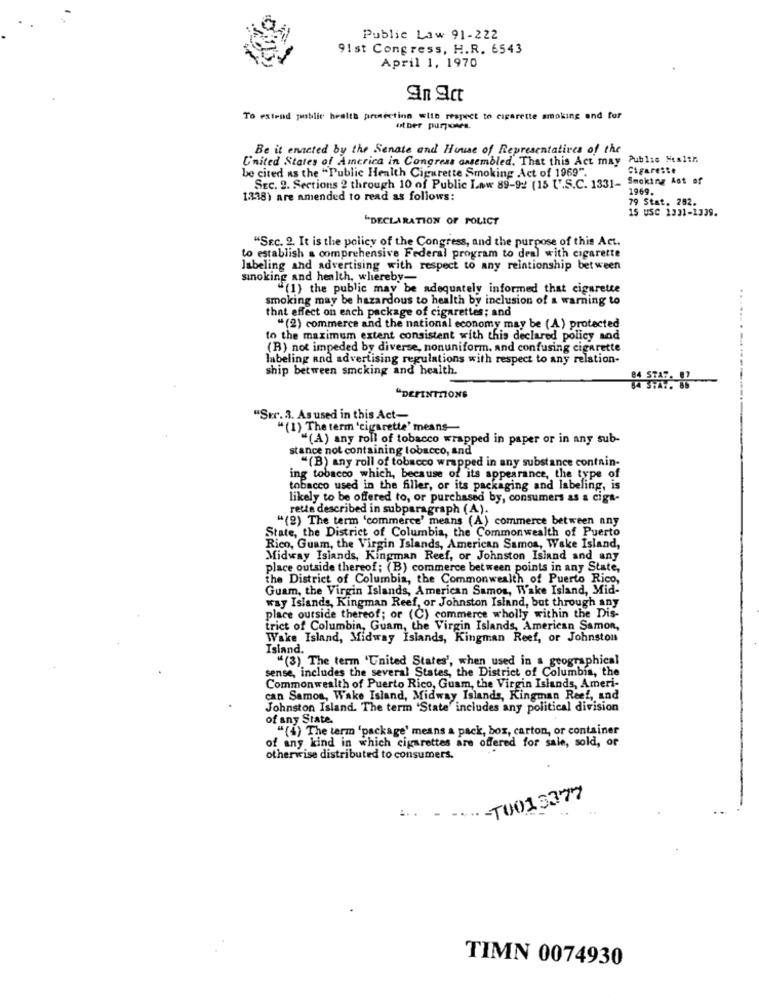
Public Law 91-222
91st Congress, H.R. 6543
April 1, 1970
To extend public health protection with respect to cigarette smoking and for
Ut ber purposes.
Be it enneted by the Senate and House of Representatives of the
C'nited States of America in Congress assembled. That this Act may
Publis Heslen
be cited as the "Public Health Cigarette Smoking Act of 1969".
Cigarette
Smoking Ast of
SEc. 2. Sections 2 through 10 of Public Law 89-92 (15 ['.S.C. 1331-
1969.
1338) are amended to read as follows:
79 Stat. 282.
15 USC 1331-1339.
"DECLARATION OF POLICY
"SEC. 2. It is the policy of the Congress, and the purpose of this Act.
to establish a comprehensive Federal program to deal with cigarette
labeling and advertising with respect to any reintionship between
sinoking and health, whereby
"(1) the public may be adequately informed that cigarette
smoking may be hazardous to health by inclusion of a warning to
that effect on each package of cigarettes; and
.....
"(2) commerce and the national economy may be (A) protected
to the maximum extent consistent with this declared policy and
(B) not impeded by diverse, nonuniform, and confusing cigarette
labeling and advertising regulations with respect to any relation-
ship between smoking and health.
"DEFINITIONS
"Str. 3. As used in this Act-
"(1) The term 'cigarette' means-
""(A) any roll of tobacco wrapped in paper or in any sub-
stance not containing tobacco, and
"(B) any roll of tobacco wrapped in any substance contain-
ing tobacco which, because of its appearance, the type of
tobacco used in the filler, or its packaging and labeling, is
likely to be offered to, or purchased by, consumers as a cigs.
rette described in subparagraph (A).
"(2) The term 'commerce' means (A) commerce between any
State, the District of Columbia, the Commonwealth of Puerto
Rico, Guam, the Virgin Islands, American Samoa, Wake Island,
Midway Islands, Kingman Reef, or Johnston Island and any
place outside thereof; (B) commerce between points in any State,
the District of Columbia, the Commonwealth of Puerto Rico,
Guam, the Virgin Islands, American Samos, Wake Island, Mid-
way Islands, Kingman Reef, or Johnston Island, but through any
place outside thereof; or (C) commerce wholly within the Dis-
trict of Columbia, Guam, the Virgin Islands, American Samon,
Wake Island, Midway Islands, Kingman Reef, or Johnston
Island.
"(3) The term 'United States', when used in a geographical
sense, includes the several States, the District of Columbia, the
Commonwealth of Puerto Rico, Guam, the Virgin Islands, Ameri-
can Samos, Wake Island, Midway Islands, Kingman Reef, and
Johnston Island. The term "State' includes any political division
of any State.
"(i) The term "package' means a pack, box, carton, or container
of any kind in which cigarettes are offered for sale, sold, or
otherwise distributed to consumers.
..- TU015377
.. -
TIMN 0074930